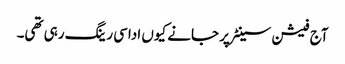
آج فیشن سینٹر پر جانے کیوں اداسی رینگ رہی تھی۔